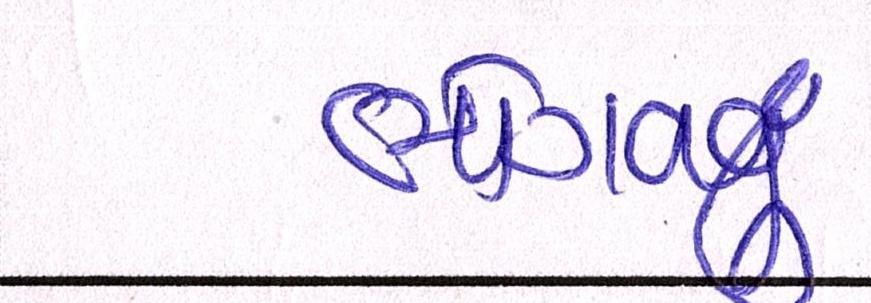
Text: ભોગવવું